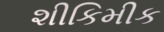
શીકિમીક